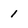
Character: 1